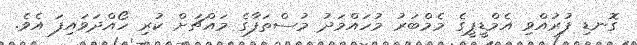
ގޮނޑި ފުރުއްވި އެމްޑީޕީގެ މެމްބަރު މުހައްމަދު މުސްތަފާގެ މައްޗަށް ކުރި ހޯއްދަވައިފަ އެވެ.